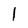
Character: l